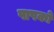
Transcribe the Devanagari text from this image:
पाषकों